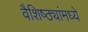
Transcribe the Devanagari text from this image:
वैशिष्ठ्यांमध्ये